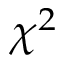
\chi ^ { 2 }